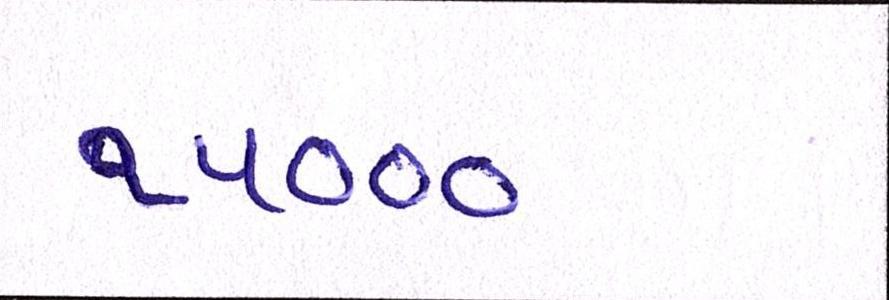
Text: ૧૫૦૦૦